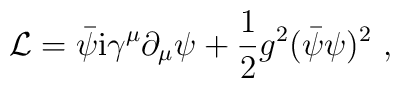
{\cal L}= \bar{\psi} {\rm i}\gamma^{\mu} \partial_{\mu} \psi + \frac{1}{2} g^2 (\bar{\psi}\psi )^2 \ ,